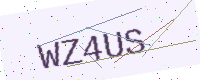
Text: WZ4US